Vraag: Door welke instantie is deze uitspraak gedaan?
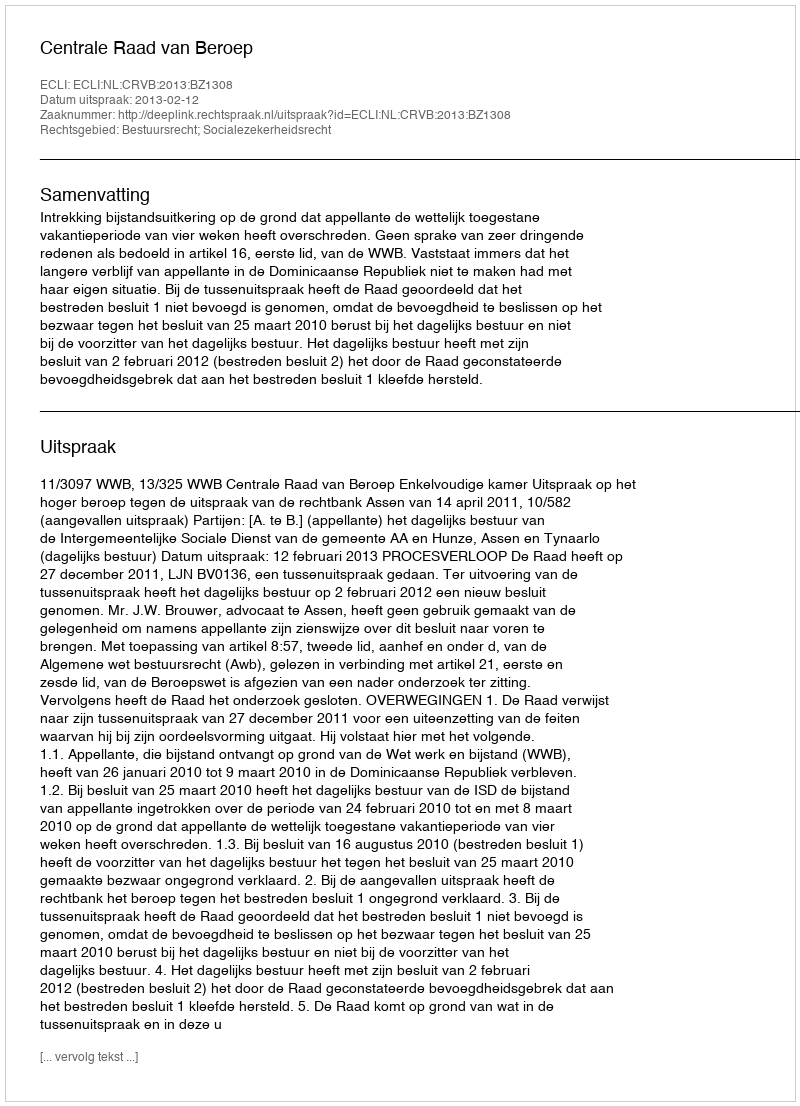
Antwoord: Centrale Raad van Beroep